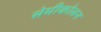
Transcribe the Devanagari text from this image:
सेमीकोलन